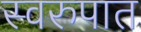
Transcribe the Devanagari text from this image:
स्‍वरुपात